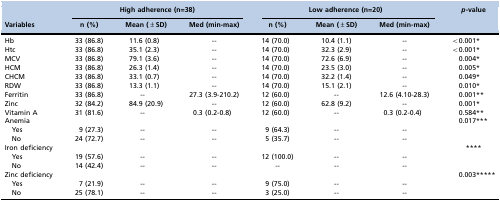
| <ROWSPAN=2> Variables | <COLSPAN=3> High adherence (n=38) | <COLSPAN=3> Low adherence (n=20) | <ROWSPAN=2> p-value |
 | n (%) | Mean (±SD) | Med (min-max) | n (%) | Mean (±SD) | Med (min-max) |
 | --- | --- | --- | --- | --- | --- | --- | --- |
 | Hb | 33 (86.8) | 11.6 (0.8) | -- | 14 (70.0) | 10.4 (1.1) | -- | <0.001* |
 | Htc | 33 (86.8) | 35.1 (2.3) | -- | 14 (70.0) | 32.3 (2.9) | -- | <0.001* |
 | MCV | 33 (86.8) | 79.1 (3.6) | -- | 14 (70.0) | 72.6 (6.9) | -- | 0.004* |
 | HCM | 33 (86.8) | 26.3 (1.4) | -- | 14 (70.0) | 23.5 (3.0) | -- | 0.005* |
 | CHCM | 33 (86.8) | 33.1 (0.7) | -- | 14 (70.0) | 32.2 (1.4) | -- | 0.049* |
 | RDW | 33 (86.8) | 13.3 (1.1) | -- | 14 (70.0) | 15.1 (2.1) | -- | 0.010* |
 | Ferritin | 33 (86.8) | -- | 27.3 (3.9-210.2) | 12 (60.0) | -- | 12.6 (4.10-28.3) | 0.001** |
 | Zinc | 32 (84.2) | 84.9 (20.9) | -- | 12 (60.0) | 62.8 (9.2) | -- | 0.001* |
 | Vitamin A | 31 (81.6) | -- | 0.3 (0.2-0.8) | 12 (60.0) | -- | 0.3 (0.2-0.4) | 0.584** |
 | Anemia |  |  |  |  |  |  | 0.017*** |
 | Yes | 9 (27.3) | -- | -- | 9 (64.3) | -- | -- |  |
 | No | 24 (72.7) | -- | -- | 5 (35.7) | -- | -- |  |
 | Iron deficiency |  |  |  |  |  |  | **** |
 | Yes | 19 (57.6) | -- | -- | 12 (100.0) | -- | -- |  |
 | No | 14 (42.4) | -- | -- | -- | -- | -- |  |
 | Zinc deficiency |  |  |  |  |  |  | 0.003***** |
 | Yes | 7 (21.9) | -- | -- | 9 (75.0) | -- | -- |  |
 | No | 25 (78.1) | -- | -- | 3 (25.0) | -- | -- |  |